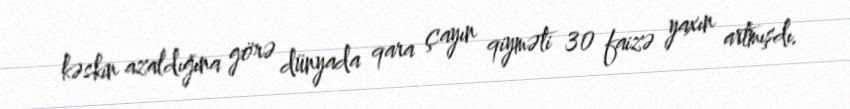
kəskin azaldığına görə dünyada qara çayın qiyməti 30 faizə yaxın artmışdı.